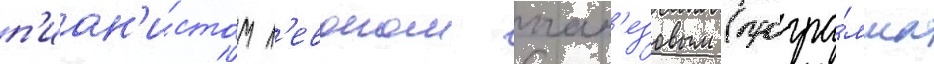
п'иан'и́стом л'евоном оган'езовым (програ́мма